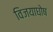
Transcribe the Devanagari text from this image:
विजयाघोष